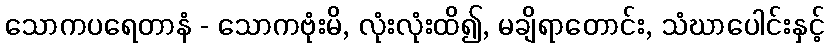
သောကပရေတာနံ - သောကဗုံးမိ, လုံးလုံးထိ၍, မချိရာတောင်း, သံဃာပေါင်းနှင့်